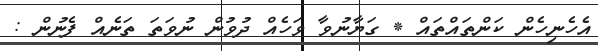
އެހެނިހެން ކަންތައްތައް * ގަޔާނުވާ ވަހެއް ދުވުން ނުވަތަ ތަނެއް ފެނުން :